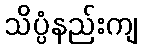
သိပ္ပံနည်းကျ